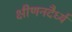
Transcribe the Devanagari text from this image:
क्षीणनदैर्ध्य